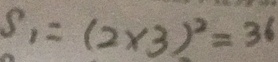
S _ { 1 } = ( 2 \times 3 ) ^ { 2 } = 3 6